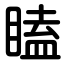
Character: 瞌